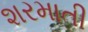
શરમાતી